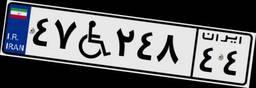
۴۷W۲۴۸۴۴